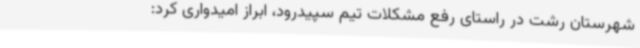
شهرستان رشت در راستای رفع مشکلات تیم سپیدرود، ابراز امیدواری کرد: